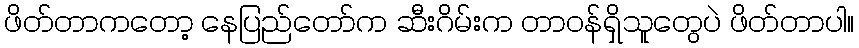
ဖိတ်တာကတော့ နေပြည်တော်က ဆီးဂိမ်းက တာဝန်ရှိသူတွေပဲ ဖိတ်တာပါ။